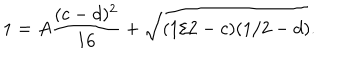
LaTeX: 1 = A \frac { ( c - d ) ^ { 2 } } { 1 6 } + \sqrt { ( 1 / 2 - c ) ( 1 / 2 - d ) } .